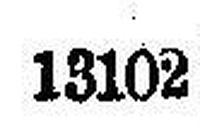
13102